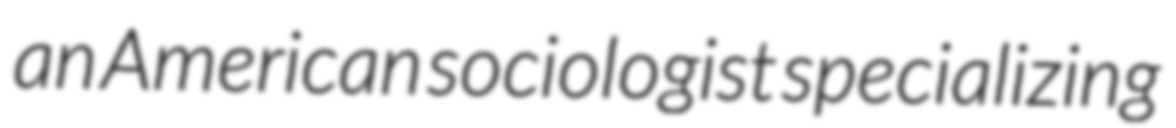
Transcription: an American sociologist specializing